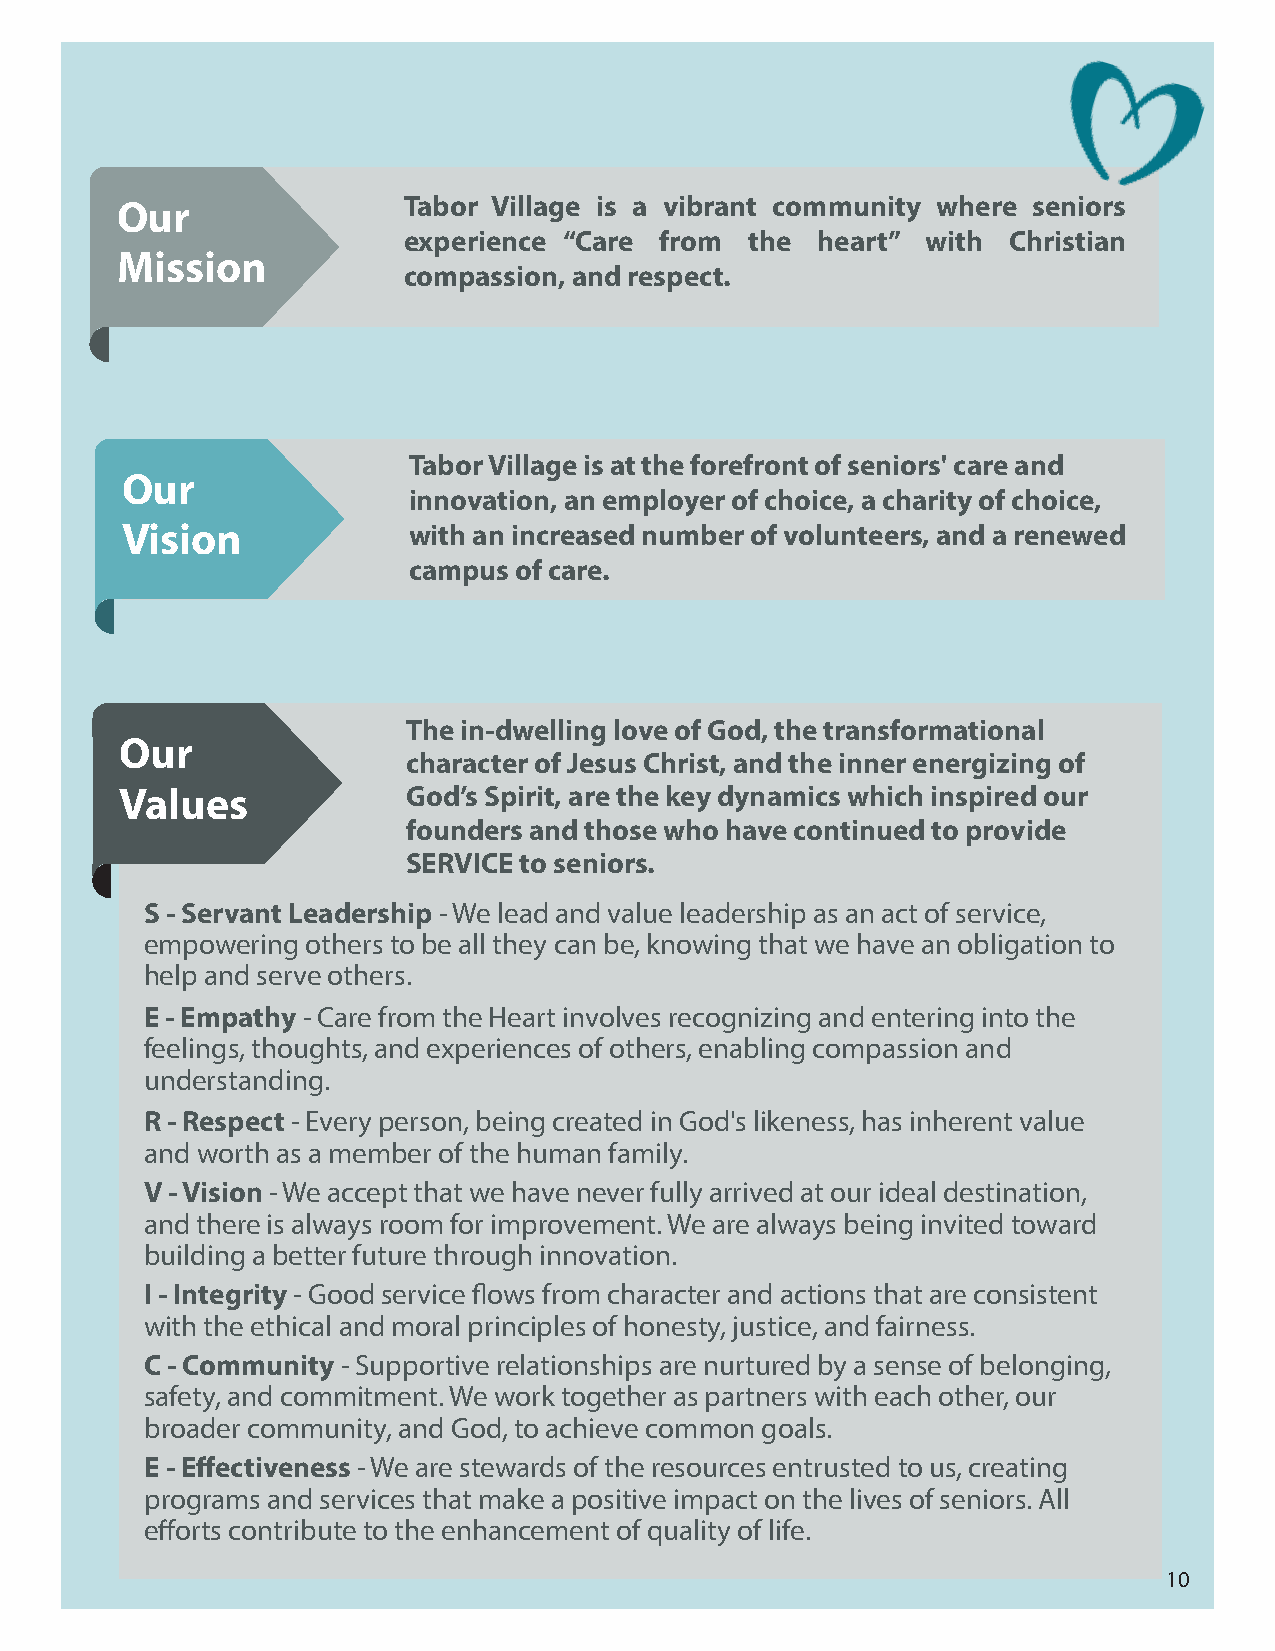
Our                Tabor Village is a vibrant community where seniors
 experience “Care from  the heart” with  Christian
 Mission
 compassion, and respect.
 Tabor Village is at the forefront of seniors' care and
 Our
 innovation, an employer of choice, a charity of choice,
 Vision             with an increased number of volunteers, and a renewed
 campus of care.
 The in-dwelling love of God, the transformational
 Our
 character of Jesus Christ, and the inner energizing of
 Values             God’s Spirit, are the key dynamics which inspired our
 founders and those who have continued to provide
 SERVICE to seniors.
 S - Servant Leadership - We lead and value leadership as an act of service,
 empowering others to be all they can be, knowing that we have an obligation to
 help and serve others.
 E - Empathy - Care from the Heart involves recognizing and entering into the
 feelings, thoughts, and experiences of others, enabling compassion and
 understanding.
 R - Respect - Every person, being created in God's likeness, has inherent value
 and worth as a member of the human family.
 V - Vision - We accept that we have never fully arrived at our ideal destination,
 and there is always room for improvement. We are always being invited toward
 building a better future through innovation.
 I - Integrity - Good service flows from character and actions that are consistent
 with the ethical and moral principles of honesty, justice, and fairness.
 C - Community - Supportive relationships are nurtured by a sense of belonging,
 safety, and commitment. We work together as partners with each other, our
 broader community, and God, to achieve common goals.
 E - Effectiveness - We are stewards of the resources entrusted to us, creating
 programs and services that make a positive impact on the lives of seniors. All
 efforts contribute to the enhancement of quality of life.
 10